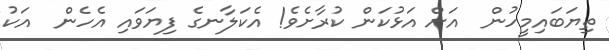
ތިޔަބައިމީހުން  އަށް އަޅުކަން ކުރާށެވެ! އެކަލާނގެ ފިޔަވައި އެހެން  އަކު